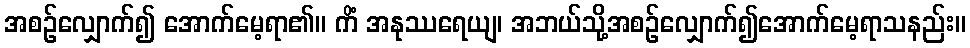
အစဉ်လျှောက်၍ အောက်မေ့ရာ၏။ ကိံ အနုဿရေယျ၊ အဘယ်သို့အစဉ်လျှောက်၍အောက်မေ့ရာသနည်း။